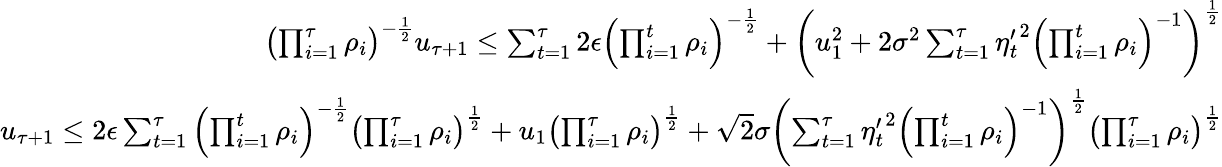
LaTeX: \begin{array}{r}{\left(\prod_{i=1}^{\tau}\rho_{i}\right)^{-\frac{1}{2}}u_{\tau+1}\le\sum_{t=1}^{\tau}2\epsilon\left(\prod_{i=1}^{t}\rho_{i}\right)^{-\frac{1}{2}}+\left(u_{1}^{2}+2\sigma^{2}\sum_{t=1}^{\tau}{\eta_{t}^{\prime}}^{2}\left(\prod_{i=1}^{t}\rho_{i}\right)^{-1}\right)^{\frac{1}{2}}}\\ {u_{\tau+1}\le 2\epsilon\sum_{t=1}^{\tau}\left(\prod_{i=1}^{t}\rho_{i}\right)^{-\frac{1}{2}}\left(\prod_{i=1}^{\tau}\rho_{i}\right)^{\frac{1}{2}}+u_{1}\left(\prod_{i=1}^{\tau}\rho_{i}\right)^{\frac{1}{2}}+\sqrt{2}\sigma\left(\sum_{t=1}^{\tau}{\eta_{t}^{\prime}}^{2}\left(\prod_{i=1}^{t}\rho_{i}\right)^{-1}\right)^{\frac{1}{2}}\left(\prod_{i=1}^{\tau}\rho_{i}\right)^{\frac{1}{2}}}\end{array}